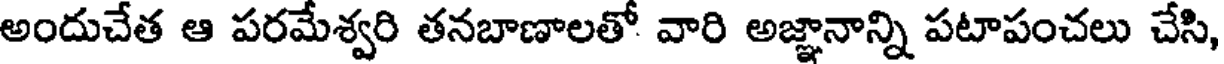
అందుచేత ఆ పరమేశ్వరి తనబాణాలతో వారి అజ్ఞానాన్ని పటాపంచలు చేసి,